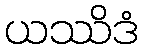
ယဿိဒံ